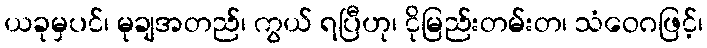
ယခုမှပင်၊ မုချအတည်၊ ကွယ် ရပြီဟု၊ ငိုမြည်းတမ်းတ၊ သံဝေဂဖြင့်၊